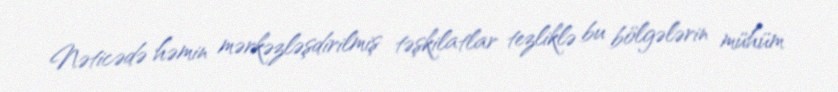
Nəticədə həmin mərkəzləşdirilmiş təşkilatlar tezliklə bu bölgələrin mühüm